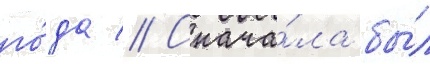
го́да // Снача́ла бы́л